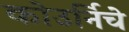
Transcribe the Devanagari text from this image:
कोउर्निचे